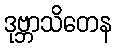
ဒုဗ္ဘာသိတေန